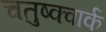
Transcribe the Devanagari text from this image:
चतुष्क्वार्क